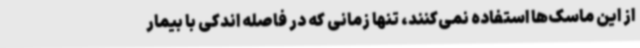
از این ماسک‌ها استفاده نمی‌کنند، تنها زمانی که در فاصله اندکی با بیمار